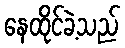
နေထိုင်ခဲ့သည်